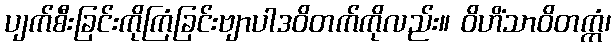
ပျက်စီးခြင်းကိုကြံခြင်းဗျာပါဒဝိတက်ကိုလည်း။ ဝိဟိံသာဝိတက္ကံ၊